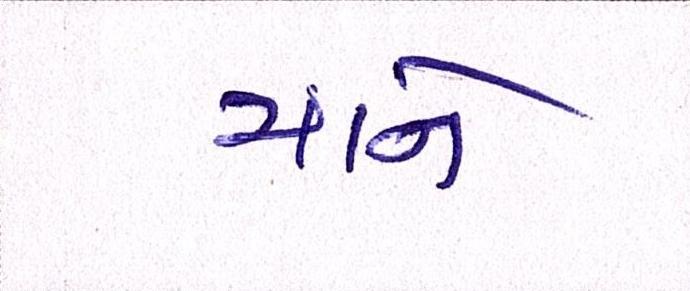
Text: માને